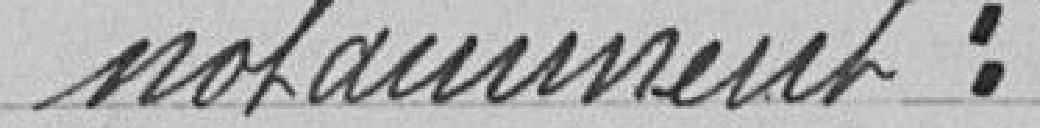
"notamment :